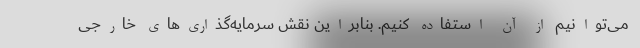
می‌توانیم از آن استفاده کنیم. بنابراین نقش سرمایه‌گذاری‌های خارجی